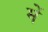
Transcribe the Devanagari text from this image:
मेेें